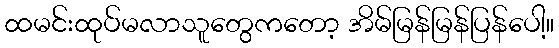
ထမင်းထုပ်မလာသူတွေကတော့ အိမ်မြန်မြန်ပြန်ပေါ့။